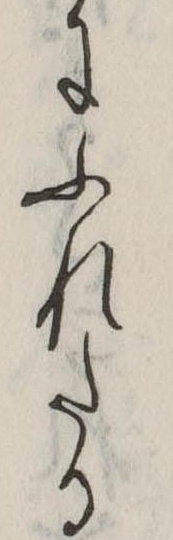
にふれたる